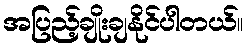
အပြည့်ချိုးချနိုင်ပါတယ်။